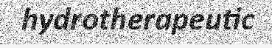
hydrotherapeutic